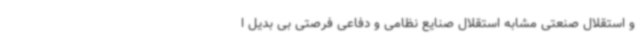
و استقلال صنعتی مشابه استقلال صنایع نظامی و دفاعی فرصتی بی بدیل ا